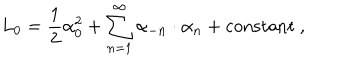
LaTeX: L _ { 0 } = { \frac { 1 } { 2 } } \alpha _ { 0 } ^ { 2 } + \sum _ { n = 1 } ^ { \infty } \alpha _ { - n } \cdot \alpha _ { n } + \mathrm { c o n s t a n t } \ ,